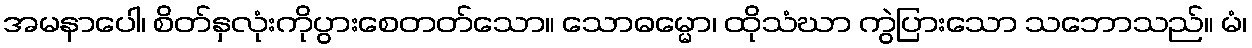
အမနာပေါ၊ စိတ်နှလုံးကိုပွားစေတတ်သော။ သောဓမ္မော၊ ထိုသံဃာ ကွဲပြားသော သဘောသည်။ မံ၊